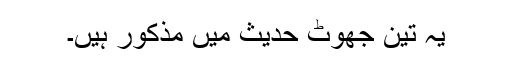
یہ تین جھوٹ حدیث میں مذکور ہیں۔